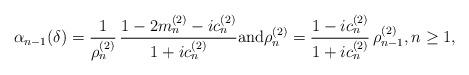
LaTeX: \begin{align*} \alpha_{n-1}(\delta) = \frac{1}{\rho_{n}^{(2)}}\,\frac{1-2m_{n}^{(2)} - i c_n^{(2)}}{1 + i c_n^{(2)}} \mbox{and} \rho_{n}^{(2)} = \frac{1-ic_n^{(2)}}{1+ic_n^{(2)}}\, \rho_{n-1}^{(2)}, n \geq 1,\end{align*}